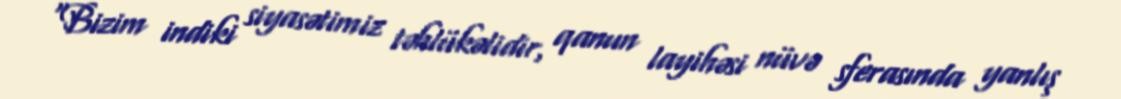
“Bizim indiki siyasətimiz təhlükəlidir, qanun layihəsi nüvə sferasında yanlış